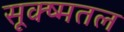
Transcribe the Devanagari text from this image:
सूक्ष्मतल